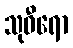
သုဝီရော